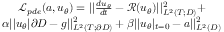
\begin{array} { r } { \mathcal { L } _ { p d e } ( a , u _ { \theta } ) = | | \frac { d u _ { \theta } } { d t } - \mathcal { R } ( u _ { \theta } ) | | _ { L ^ { 2 } ( T ; D ) } ^ { 2 } + ~ ~ ~ ~ } \\ { \alpha | | u _ { \theta } | \partial D - g | | _ { L ^ { 2 } ( T ; \partial D ) } ^ { 2 } + \beta | | u _ { \theta } | _ { t = 0 } - a | | _ { L ^ { 2 } ( D ) } ^ { 2 } } \end{array}